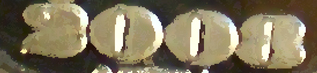
2008